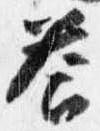
答